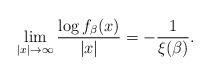
LaTeX: \begin{align*}\lim_{|x|\to \infty} \frac{\log f_\beta(x)}{|x|} = -\frac{1}{\xi(\beta)}.\end{align*}